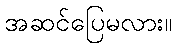
အဆင်ပြေမလား။